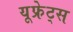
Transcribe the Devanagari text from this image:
यूफ्रेट्स